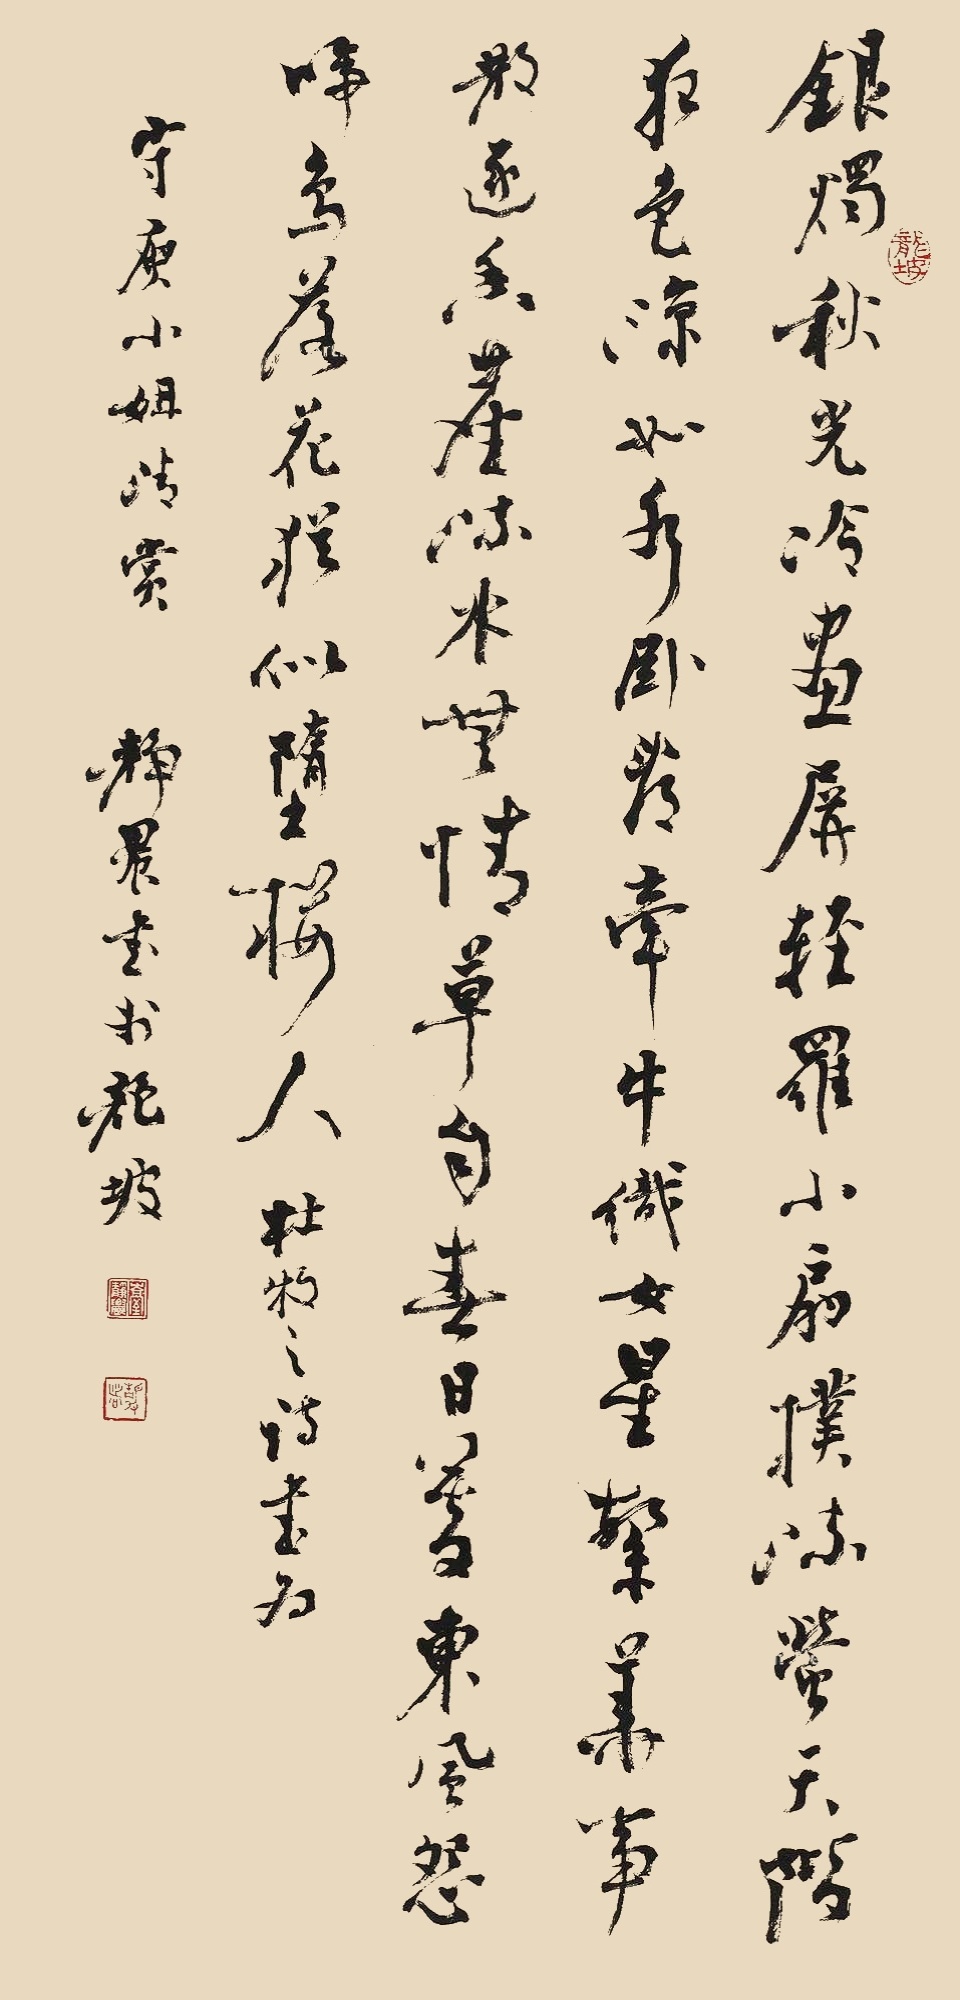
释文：银烛秋光冷画屏，轻罗小扇扑流萤。天阶夜色凉如水，卧看牵牛织女星。繁华事散逐香尘，流水无情草自春。日暮东风怨啼鸟，落花犹似坠楼人。杜牧之诗书，为守庾小姐清赏。静农书于龙坡。